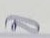
ล่าง